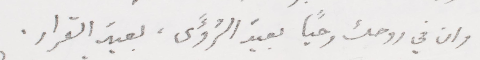
وان في روحك وحيًا بعيد الرؤى، بعيد القرار.